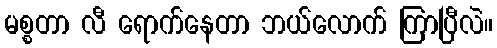
မစ္စတာ လီ ရောက်နေတာ ဘယ်လောက် ကြာပြီလဲ။